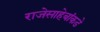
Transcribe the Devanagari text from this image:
राजेसाहेबांकडे